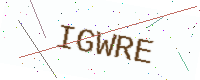
Text: IGWRE